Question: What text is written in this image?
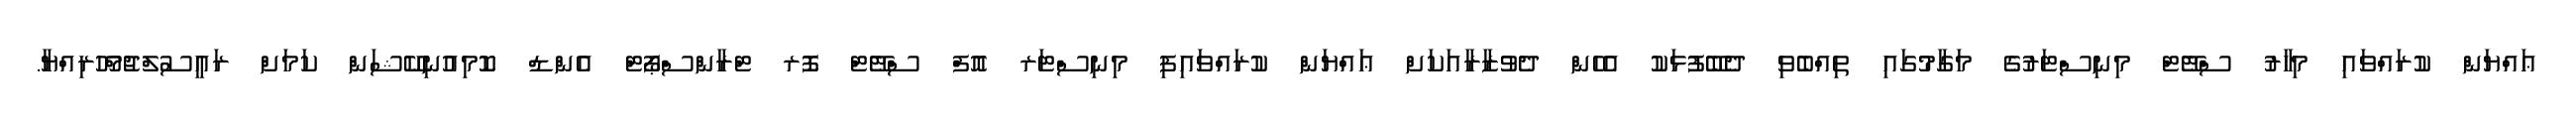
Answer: ޢައްޔަން ކުރައްވައި މިހާރު ސްޓޭޓް މިނިސްޓަރުގެ މަގާމުގައި ތިއްބެވި ދެބޭފުޅަކު އެހެން ދެވުޒާރާއަކަށް ޢައްޔަން ކުރައްވައިފި މިނިސްޓަރ އޮފް ސްޓޭޓް ފޮރ ޓްރާންސްޕޯޓް އެންޑް ކޮމިއުނިކޭޝަން ކަމަށް ރައީސުލްޖުމްހޫރިއްޔާ.